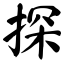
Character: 探